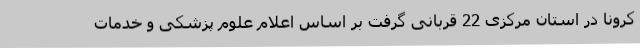
کرونا در استان مرکزی 22 قربانی گرفت بر اساس اعلام علوم پزشکی و خدمات